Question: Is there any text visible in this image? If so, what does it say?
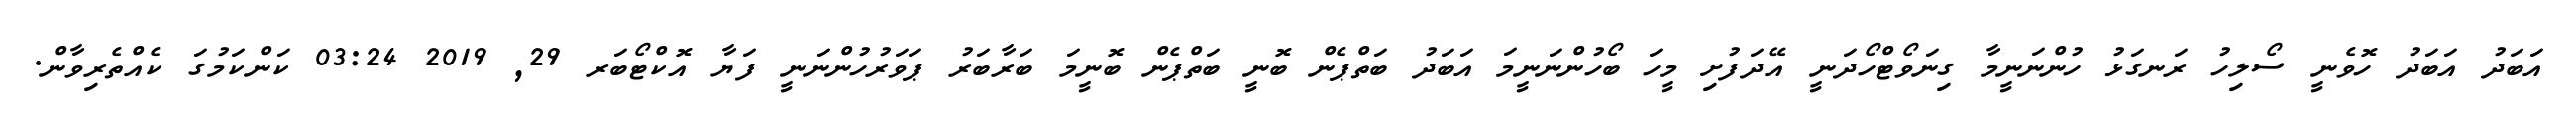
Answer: އަބަދު އަބަދު ހޮވެނީ ސޯލިހު ރަނގަޅު ހުންނަނީމާ ގިނަވޯޓްހޯދަނީ އޭދަފުށި މީހަ ބޯހުންނަނީމަ އަބަދު ބަތްޕެން ބޮނީ ބަތްޕެން ބޮނީމަ ބަރާބަރު ޕަވަރުހުންނަނީ ފަޔާ އޮކްޓޯބަރ 29, 2019 03:24 ކަންކަމުގަ ކެއްތެރިވާން.